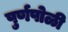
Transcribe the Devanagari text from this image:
पुर्णपोळी